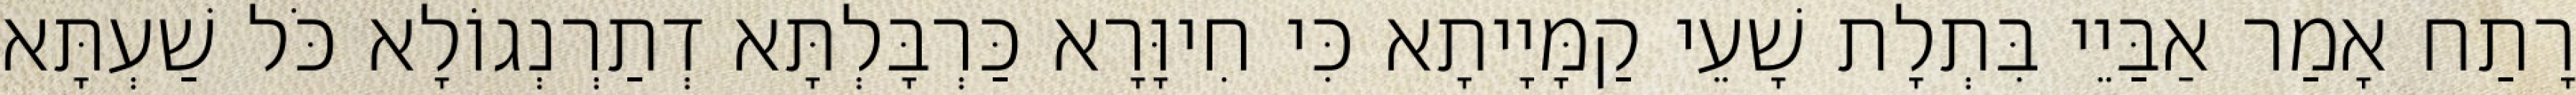
רָתַח אָמַר אַבַּיֵי בִּתְלָת שָׁעֵי קַמָּיָיתָא כִּי חִיוָּרָא כַּרְבָּלְתָּא דְתַרְנְגוֹלָא כֹּל שַׁעְתָּא